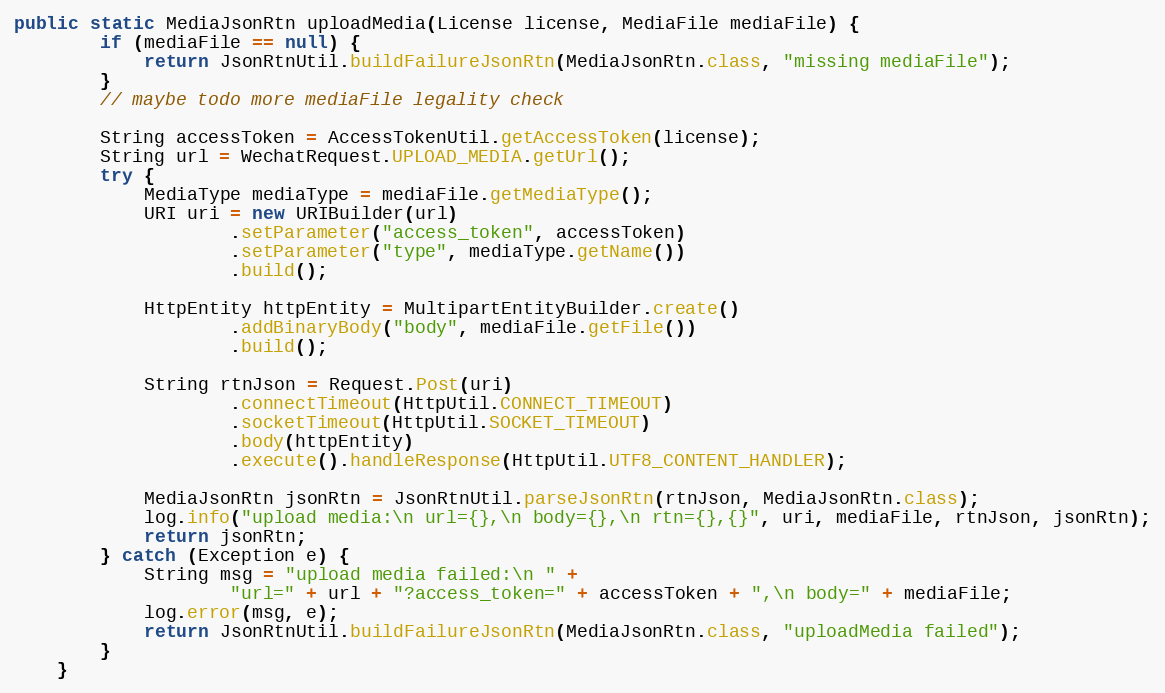
Language: Java
public static MediaJsonRtn uploadMedia(License license, MediaFile mediaFile) {
        if (mediaFile == null) {
            return JsonRtnUtil.buildFailureJsonRtn(MediaJsonRtn.class, "missing mediaFile");
        }
        // maybe todo more mediaFile legality check

        String accessToken = AccessTokenUtil.getAccessToken(license);
        String url = WechatRequest.UPLOAD_MEDIA.getUrl();
        try {
            MediaType mediaType = mediaFile.getMediaType();
            URI uri = new URIBuilder(url)
                    .setParameter("access_token", accessToken)
                    .setParameter("type", mediaType.getName())
                    .build();

            HttpEntity httpEntity = MultipartEntityBuilder.create()
                    .addBinaryBody("body", mediaFile.getFile())
                    .build();

            String rtnJson = Request.Post(uri)
                    .connectTimeout(HttpUtil.CONNECT_TIMEOUT)
                    .socketTimeout(HttpUtil.SOCKET_TIMEOUT)
                    .body(httpEntity)
                    .execute().handleResponse(HttpUtil.UTF8_CONTENT_HANDLER);

            MediaJsonRtn jsonRtn = JsonRtnUtil.parseJsonRtn(rtnJson, MediaJsonRtn.class);
            log.info("upload media:\n url={},\n body={},\n rtn={},{}", uri, mediaFile, rtnJson, jsonRtn);
            return jsonRtn;
        } catch (Exception e) {
            String msg = "upload media failed:\n " +
                    "url=" + url + "?access_token=" + accessToken + ",\n body=" + mediaFile;
            log.error(msg, e);
            return JsonRtnUtil.buildFailureJsonRtn(MediaJsonRtn.class, "uploadMedia failed");
        }
    }